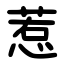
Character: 惹